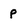
Character: p